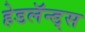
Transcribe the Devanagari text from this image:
हेडलॅन्ड्‌स